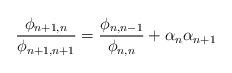
LaTeX: \begin{align*}\frac{\phi_{n+1,n}}{\phi_{n+1,n+1}}=\frac{\phi_{n,n-1}}{\phi_{n,n}}+\alpha_n\alpha_{n+1}\end{align*}